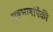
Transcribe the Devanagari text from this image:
राष्ट्रभाषांपैकी